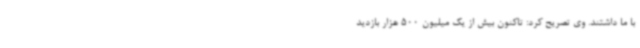
با ما داشتند. وی تصریح کرد: تاکنون بیش از یک میلیون 500 هزار بازدید